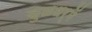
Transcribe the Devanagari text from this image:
कुळधर्में